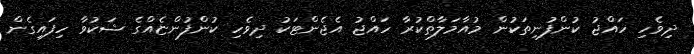
ދިވެހި ހައްޖު ކުންފުނިތަކުން މުއާމަލާތްކުރާ ހައްޖު އެޖެންޓަކު ދިވެހި ކުންފުންޏެއްގެ ޝަކުވާ ހިފައިގެން